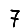
Digit: 7